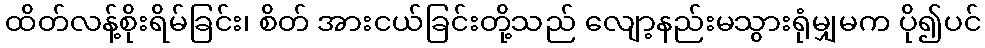
ထိတ်လန့်စိုးရိမ်ခြင်း၊ စိတ် အားငယ်ခြင်းတို့သည် လျော့နည်းမသွားရုံမျှမက ပို၍ပင်